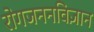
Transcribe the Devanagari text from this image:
रोगजननविज्ञान